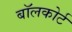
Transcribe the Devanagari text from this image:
बॉलकोर्ट